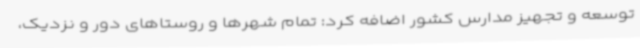
توسعه و تجهیز مدارس کشور اضافه کرد: تمام شهرها و روستاهای دور و نزدیک،